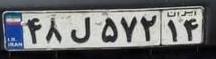
۴۸ل۵۷۲۱۴